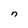
Character: n